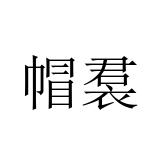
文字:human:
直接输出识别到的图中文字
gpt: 帽裠